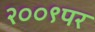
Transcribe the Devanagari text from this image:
२००९पर